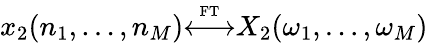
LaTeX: x_{2}(n_{1},\ldots,n_{M}){\overset{\underset{\mathrm{FT}}{}}{\longleftrightarrow}}X_{2}(\omega_{1},\ldots,\omega_{M})